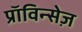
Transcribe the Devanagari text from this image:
प्राॅविन्सेज़